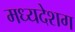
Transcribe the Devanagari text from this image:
मध्यदेशग